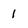
Character: 1